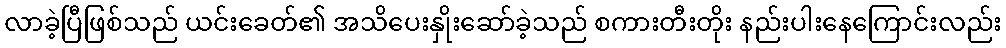
လာခဲ့ပြီဖြစ်သည် ယင်းခေတ်၏ အသိပေးနှိုးဆော်ခဲ့သည် စကားတီးတိုး နည်းပါးနေကြောင်းလည်း